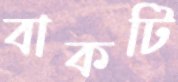
বাকটি